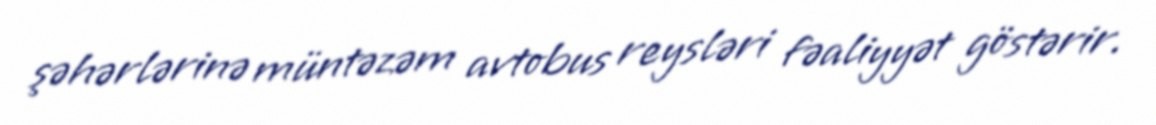
şəhərlərinə müntəzəm avtobus reysləri fəaliyyət göstərir.